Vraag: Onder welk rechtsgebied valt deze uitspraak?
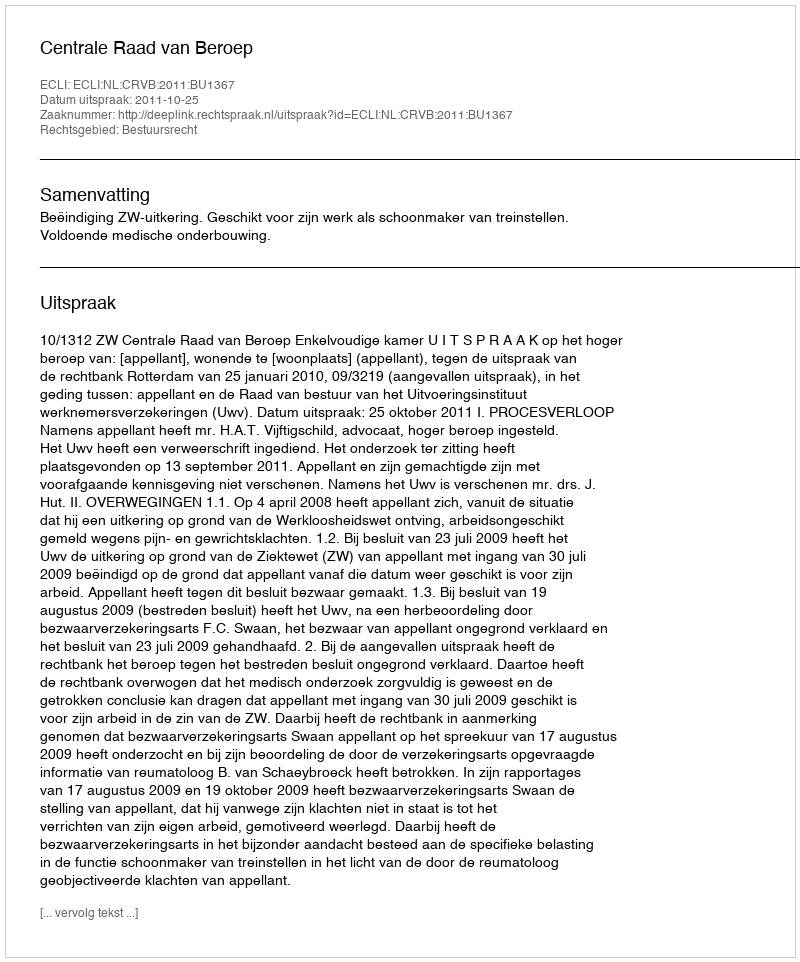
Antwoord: Bestuursrecht